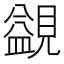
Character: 䚊